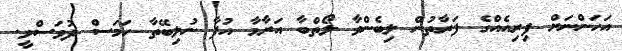
އަހަންނަށް ފިރިއެއްގެ ފަރާތުން ލިބެންވާ ލޯތްބާ އަރާމާ އުފާ ނުލިބޭތާ ހަމަސް ދުވަސްވީ.